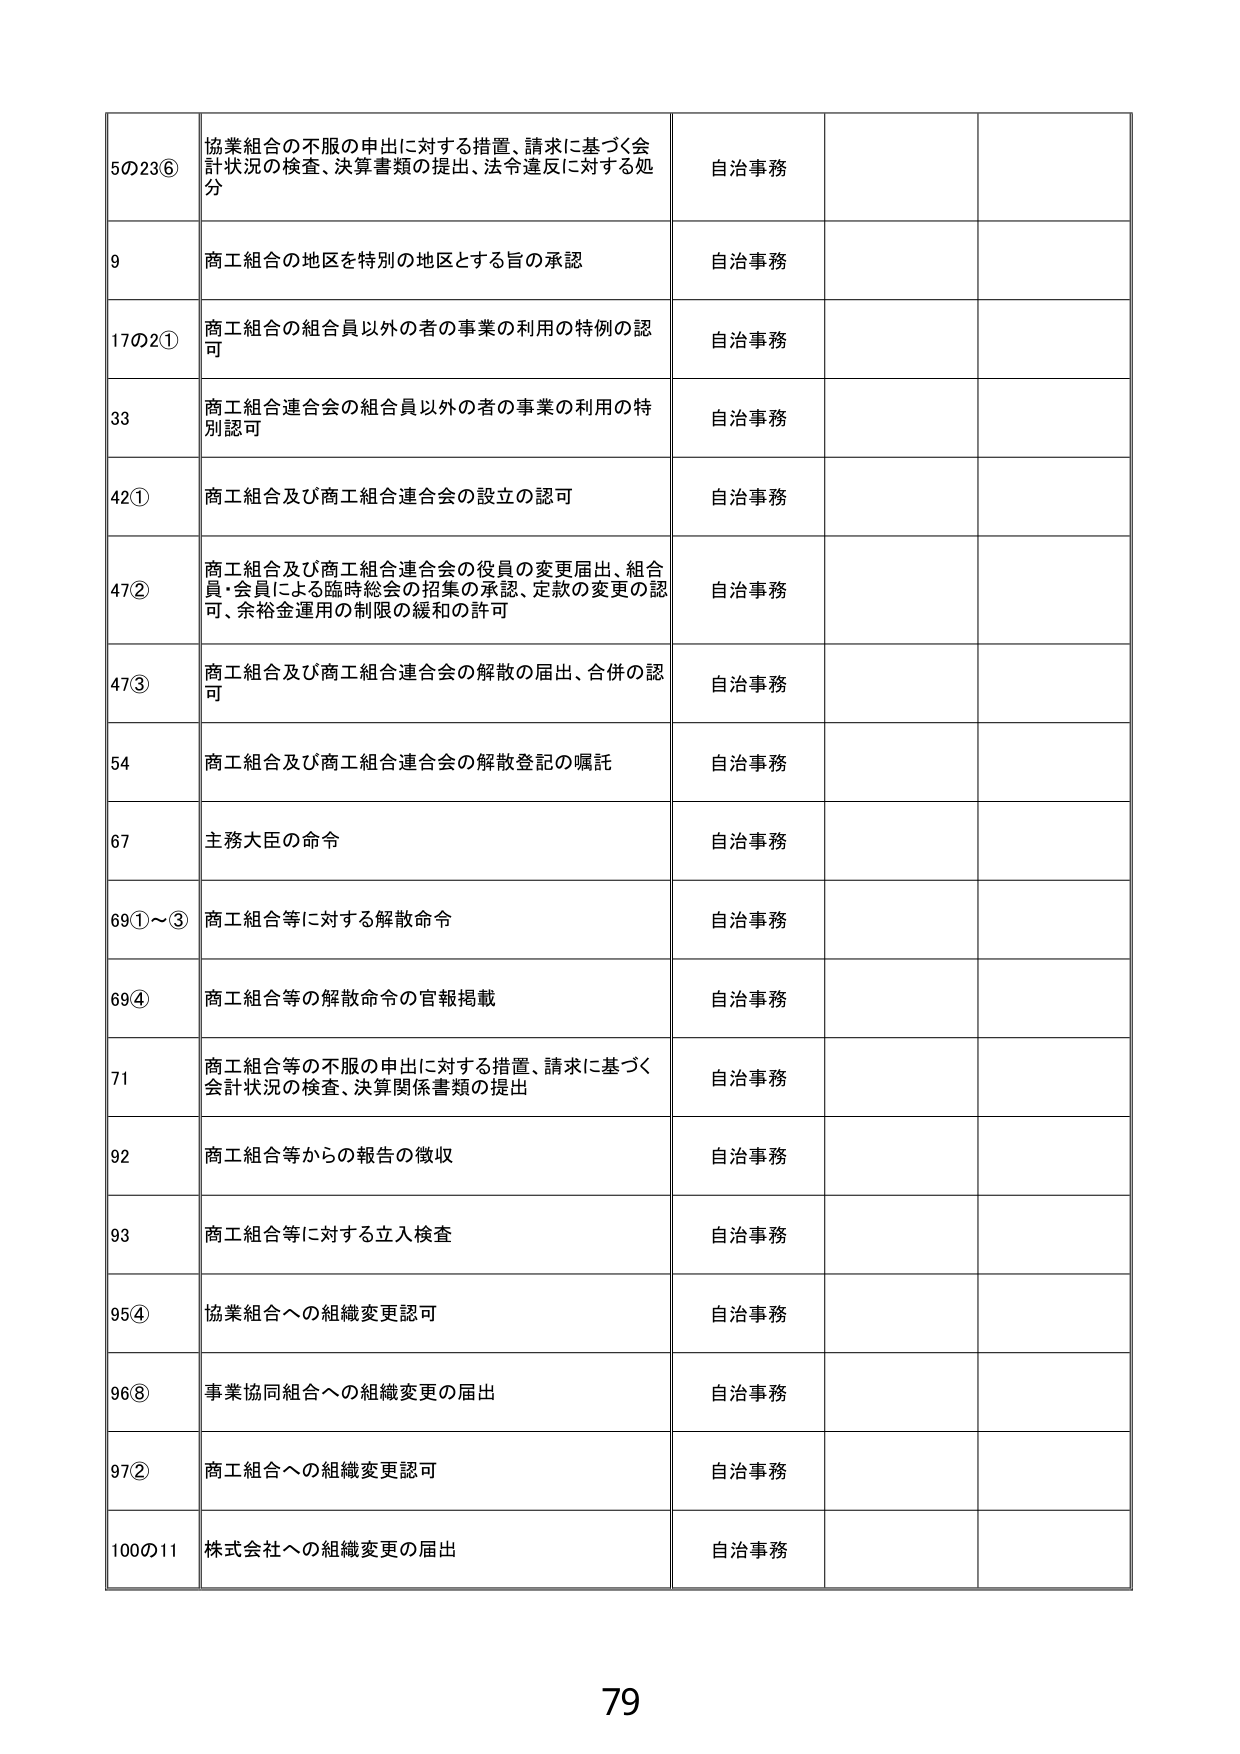
5の23⑥ 協業組合の不服の申出に対する措置、請求に基づく会計状況の検査、決算書類の提出、法令違反に対する処分 自治事務

9 商工組合の地区を特別の地区とする旨の承認 自治事務

17の2① 商工組合の組合員以外の者の事業の利用の特例の認可 自治事務

33 商工組合連合会の組合員以外の者の事業の利用の特別認可 自治事務

42① 商工組合及び商工組合連合会の設立の認可 自治事務

47② 商工組合及び商工組合連合会の役員の変更届出、組合員・会員による臨時総会の招集の承認、定款の変更の認可、余裕金運用の制限の緩和の許可 自治事務

47③ 商工組合及び商工組合連合会の解散の届出、合併の認可 自治事務

54 商工組合及び商工組合連合会の解散登記の嘱託 自治事務

67 主務大臣の命令 自治事務

69①～③ 商工組合等に対する解散命令 自治事務

69④ 商工組合等の解散命令の官報掲載 自治事務

71 商工組合等の不服の申出に対する措置、請求に基づく会計状況の検査、決算関係書類の提出 自治事務

92 商工組合等からの報告の徴収 自治事務

93 商工組合等に対する立入検査 自治事務

95④ 協業組合への組織変更認可 自治事務

96⑧ 事業協同組合への組織変更の届出 自治事務

97② 商工組合への組織変更認可 自治事務

100の11 株式会社への組織変更の届出 自治事務

79